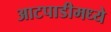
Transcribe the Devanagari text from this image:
आटपाडीमध्ये